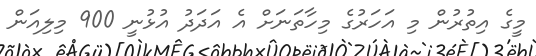
މީގެ އިތުރުން މި އަހަރުގެ މިހާތަނަށް އެ އަދަދު އުޅުނީ 900 މިލިއަން